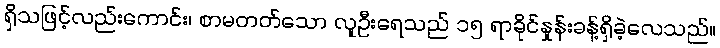
ရှိသဖြင့်လည်းကောင်း၊ စာမတတ်သော လူဦးရေသည် ၁၅ ရာခိုင်နှုန်းခန့်ရှိခဲ့လေသည်။